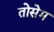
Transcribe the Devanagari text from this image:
तोसेम